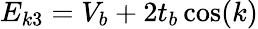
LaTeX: E_{k3}=V_{b}+2t_{b}\cos(k)